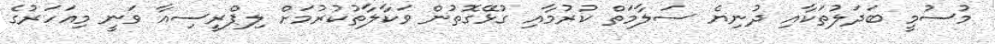
މުސުމީ ބަދަލުތަކާއި ދުނިޔެ ސަލާމަތް ކުރުމާއި ގުޅޭގޮތުން ވަކާލާތުކުރުމަށް ލިޕްރީސިއާ ވަނީ މިއަހަރުގެ